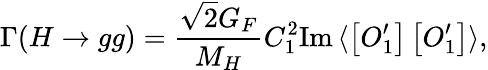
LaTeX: \Gamma(H\to gg)=\frac{\sqrt 2G_{F}}{M_{H}}C_{1}^{2}\mathrm{Im}\, \langle\left[O_{1}^{\prime}\right]\left[O_{1}^{\prime}\right]\rangle,